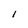
Character: 1